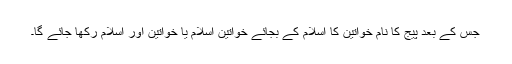
جس کے بعد پیج کا نام خواتین کا اسلام کے بجائے خواتینِ اسلام یا خواتین اور اسلام رکھا جائے گا۔